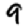
Digit: 9